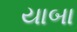
યાબા